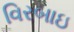
વિરબાઇ